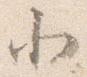
北